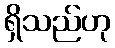
ရှိသည်ဟု